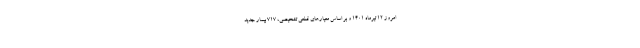
امروز ۱۲ تیرماه ۱۴۰۱ و بر اساس معیارهای قطعی تشخیصی، ۷۱۷ بیمار جدید